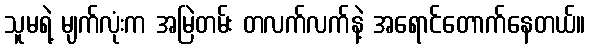
သူမရဲ့ မျက်လုံးက အမြဲတမ်း တလက်လက်နဲ့ အရောင်တောက်နေတယ်။